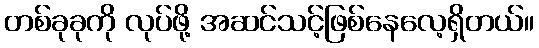
တစ်ခုခုကို လုပ်ဖို့ အဆင်သင့်ဖြစ်နေလေ့ရှိတယ်။